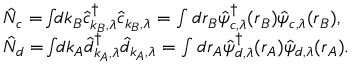
\begin{array} { r l } & { \hat { N } _ { c } = \! \int \! \! d \boldsymbol { k } _ { B } \hat { c } _ { \boldsymbol { k } _ { B } , \lambda } ^ { \dagger } \hat { c } _ { \boldsymbol { k } _ { B } , \lambda } = \int d \boldsymbol { r } _ { B } \hat { \psi } _ { c , \lambda } ^ { \dagger } ( \boldsymbol { r } _ { B } ) \hat { \psi } _ { c , \lambda } ( \boldsymbol { r } _ { B } ) , } \\ & { \hat { N } _ { d } = \! \int \! \! d \boldsymbol { k } _ { A } \hat { d } _ { \boldsymbol { k } _ { A } , \lambda } ^ { \dagger } \hat { d } _ { \boldsymbol { k } _ { A } , \lambda } = \int d \boldsymbol { r } _ { A } \hat { \psi } _ { d , \lambda } ^ { \dagger } ( \boldsymbol { r } _ { A } ) \hat { \psi } _ { d , \lambda } ( \boldsymbol { r } _ { A } ) . } \end{array}